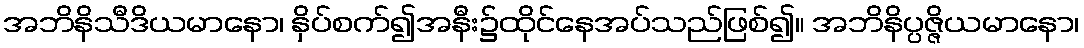
အဘိနိသီဒိယမာနော၊ နှိပ်စက်၍အနီး၌ထိုင်နေအပ်သည်ဖြစ်၍။ အဘိနိပ္ပဇ္ဇိယမာနော၊